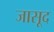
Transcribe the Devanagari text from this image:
जासूद